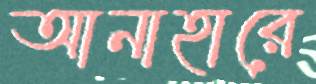
আনাহারে